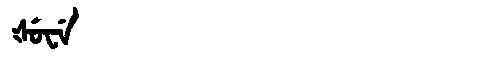
Manchu: ᡧᡠᠸᡝ
Romanization: ŠUWE